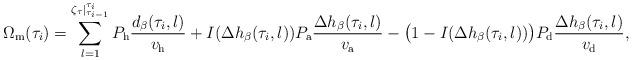
LaTeX: \begin{align*}\Omega_{\rm{m}}(\tau_{i}) = \sum_{l=1}^{\zeta_\tau|_{\tau_{i-1}}^{\tau_{i}}}P_{\rm{h}}\frac{d_\beta(\tau_{i},l)}{v_{\rm{h}}} + I(\Delta h_\beta(\tau_{i},l)) P_{\rm{a}}\frac{\Delta h_\beta(\tau_{i},l)}{v_{\rm{a}}} - \big(1-I(\Delta h_\beta(\tau_{i},l))\big) P_{\rm{d}}\frac{\Delta h_\beta(\tau_{i},l)}{v_{\rm{d}}}, \end{align*}